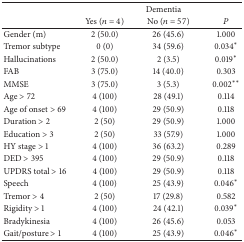
<table><thead><tr><td><b> </b></td><td colspan="3"><b>Dementia</b></td></tr><tr><td><b> </b></td><td><b>Yes (<i>n</i> = 4)</b></td><td><b>No (<i>n</i> = 57)</b></td><td><b><i>P</i></b></td></tr></thead><tbody><tr><td>Gender (m)</td><td>2 (50.0)</td><td>26 (45.6)</td><td>1.000</td></tr><tr><td>Tremor subtype</td><td>0 (0)</td><td>34 (59.6)</td><td>0.034*</td></tr><tr><td>Hallucinations </td><td>2 (50.0)</td><td> 2 (3.5)</td><td>0.019*</td></tr><tr><td>FAB</td><td>3 (75.0)</td><td>14 (40.0)</td><td>0.303</td></tr><tr><td>MMSE </td><td>3 (75.0)</td><td>3 (5.3)</td><td>0.002**</td></tr><tr><td>Age &gt; 72</td><td>4 (100)</td><td>28 (49.1)</td><td>0.114</td></tr><tr><td>Age of onset &gt; 69</td><td>4 (100)</td><td>29 (50.9)</td><td>0.118</td></tr><tr><td>Duration &gt; 2</td><td>2 (50)</td><td>29 (50.9)</td><td>1.000</td></tr><tr><td>Education &gt; 3</td><td>2 (50)</td><td>33 (57.9) </td><td>1.000</td></tr><tr><td>HY stage &gt; 1</td><td>4 (100)</td><td>36 (63.2)</td><td>0.289</td></tr><tr><td>DED &gt; 395</td><td>4 (100)</td><td>29 (50.9)</td><td>0.118</td></tr><tr><td>UPDRS total &gt; 16</td><td>4 (100)</td><td>29 (50.9)</td><td>0.118</td></tr><tr><td>Speech</td><td>4 (100)</td><td>25 (43.9)</td><td>0.046*</td></tr><tr><td>Tremor &gt; 4</td><td>2 (50)</td><td>17 (29.8)</td><td>0.582</td></tr><tr><td>Rigidity &gt; 1</td><td>4 (100)</td><td>24 (42.1)</td><td>0.039*</td></tr><tr><td>Bradykinesia </td><td>4 (100)</td><td>26 (45.6)</td><td>0.053</td></tr><tr><td>Gait/posture &gt; 1</td><td>4 (100)</td><td>25 (43.9)</td><td>0.046*</td></tr></tbody></table>